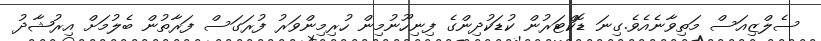
ސެލްޒިއަސް މަތިވާނެއެވެ.ގިނަ ޑޮކްޓަރުން ކުޑަކުދިންގެ ފިނިހޫނުމިން ހުރިމިންވަރު ފުރަގަސް ފަރާތުން ބެލުމަށް އިރުޝާދު